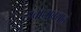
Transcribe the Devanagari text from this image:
संबोधावयाचे